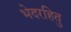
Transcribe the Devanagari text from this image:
भेदरहितु